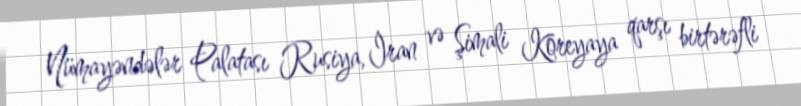
Nümayəndələr Palatası Rusiya, İran və Şimali Koreyaya qarşı birtərəfli